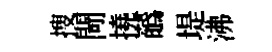
搜閜撓蘤堤沸